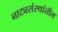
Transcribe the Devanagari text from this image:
नाट्यसंस्थांतील